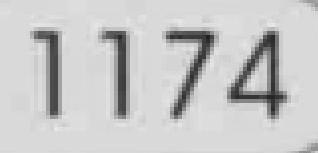
1174